Report on plague and inoculation in the Punjab from October 1st ... to September 30th..., being the ... season of plague in the province
Disease focus: Plague
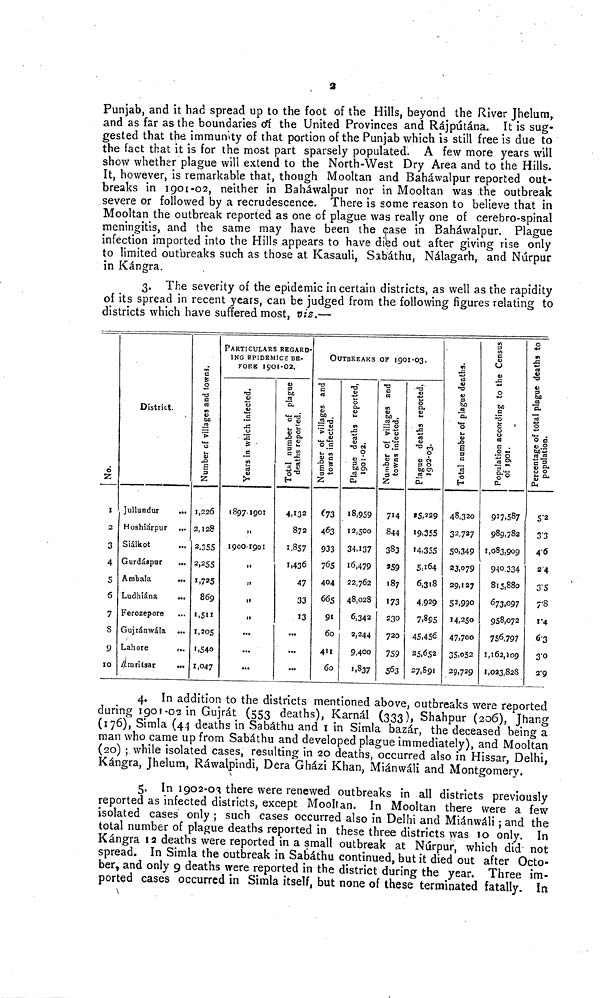
2
Punjab, and it had spread up to the foot of the Hills, beyond the River Jhelum,
and as far as the boundaries of the United Provinces and Rájpútána. It is sug-
gested that the immunity of that portion of the Punjab which is still free is due to
the fact that it is for the most part sparsely populated. A few more years will
show whether plague will extend to the North-West Dry Area and to the Hills.
It, however, is remarkable that, though Mooltan and Baháwalpur reported out-
breaks in 1901-02, neither in Baháwalpur nor in Mooltan was the outbreak
severe or followed by a recrudescence. There is some reason to believe that in
Mooltan the outbreak reported as one of plague was really one of cerebro-spinal
meningitis, and the same may have been the case in Baháwalpur. Plague
infection imported into the Hills appears to have died out after giving rise only
to limited outbreaks such as those at. Kasauli, Sabáthu, Nálagarh, and Núrpur
in Kángra.
3. The severity of the epidemic in certain districts, as well as the rapidity
of its spread in recent years, can be judged from the following figures relating to
districts which have suffered most, viz.—
No.
1
2
3
4
5
6
7
8
9
10
District.
Jullundur
...
Hoshiárpur ...
Siálkot ...
Gurdáspur ...
Ambala
...
Ludhiána
...
Ferozepore ...
Gujránwála ...
Lahore
...
Amritsar
...
Number of villages and towns.
1,226
2,128
2,355
2,255
1,725
869
1,511
1,205
1,540
1,047
PARTICULARS REGARD-
ING EPIDEMICS BE-
FORE
1901-02.
Years in which infected.
1897-1901
"
1900-1901
"
"
"
"
...
...
...
Total number of plague deaths repo
4,132
872
1,857
1,436
47
33
13
...
...
...
OUTBREAKS OF 1901-03.
Number of villages and towns infected.
673
463
933
765
404
665
91
60
411
60
Plague deaths reported, 1901-02.
18,959
12,500
34,137
16,479
22,762
48,028
6,342
2,244
9,400
1,837
Number of villages and towns infected.
714
844
383
259
187
173
230
720
759
563
Plague deaths reported, 1902-03.
85,229
19,355
14,355
5,164
6,318
4,929
7,895
45,456
25,652
27,891
Total number of plague deaths.
48,320
32,727
50,349
23,079
29,127
52,990
14,250
47,700
35,052
29,729
Population according to t
917,587
989,782
1,083,909
940,334
815,880
673,097
958,072
756,797
1,162,109
1,023,828
Percentage total plague deaths to populati
5.2
3.3
4.6
2.4
3.5
7.8
1.4
6.3
3.0
2.9
4. In addition to the districts mentioned above, outbreaks were reported
during 1901-02 in Gujrát (553 deaths), Karnál (333), Shahpur (206), Jhang
(176), Simla (4.1 deaths in Sabáthu and 1 in Simla bazár, the deceased being a
man who came up from Sabáthu and developed plague immediately), and Mooltan
(20) ; while isolated cases, resulting in 20 deaths, occurred also in Hissar, Delhi,
Kángra, Jhelum, Ráwalpindi, Dera Gházi Khan, Miánvváli and Montgomery.
5. In 1902-03 there were renewed outbreaks in all districts previously
reported as infected districts, except Moollan. In Mooltan there were a few
isolated cases only ; such cases occurred also in Delhi and Miánwáli ; and the
total number of plague deaths reported in these three districts was 10 only. In
Kángra 12 deaths were reported in a small outbreak at Núrpur, which did not
spread. In Simla the outbreak in Sabáthu continued, but it died out after Octo-
ber, and only 9 deaths were reported in the district during the year. Three im-
ported cases occurred in Simla itself, but none of these terminated fatally. In